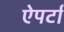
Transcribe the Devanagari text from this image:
ऐपर्टा